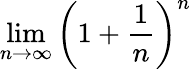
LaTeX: \operatorname*{lim}_{n\to\infty}\left(1+{\frac{1}{n}}\right)^{n}